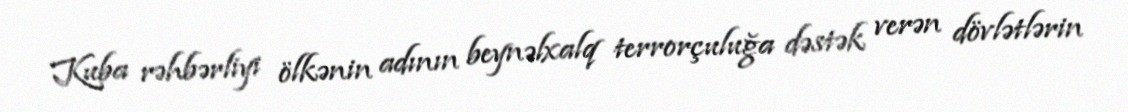
Kuba rəhbərliyi ölkənin adının beynəlxalq terrorçuluğa dəstək verən dövlətlərin